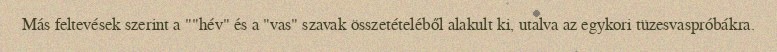
Más feltevések szerint a ""hév" és a "vas" szavak összetételéből alakult ki, utalva az egykori tüzesvaspróbákra.